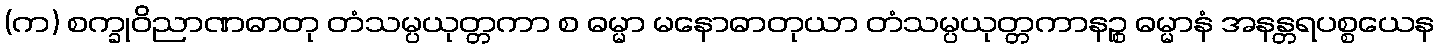
(က) စက္ခုဝိညာဏဓာတု တံသမ္ပယုတ္တကာ စ ဓမ္မာ မနောဓာတုယာ တံသမ္ပယုတ္တကာနဉ္စ ဓမ္မာနံ အနန္တရပစ္စယေန